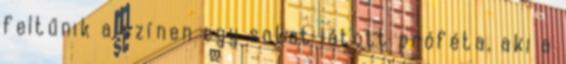
feltűnik a színen egy sokat látott próféta, aki a